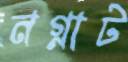
নগ্নাট